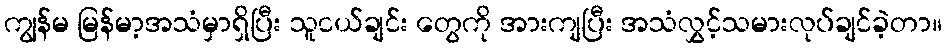
ကျွန်မ မြန်မာ့အသံမှာရှိပြီး သူငယ်ချင်း တွေကို အားကျပြီး အသံလွှင့်သမားလုပ်ချင်ခဲ့တာ။